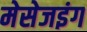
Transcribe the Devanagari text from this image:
मेसेजइंग